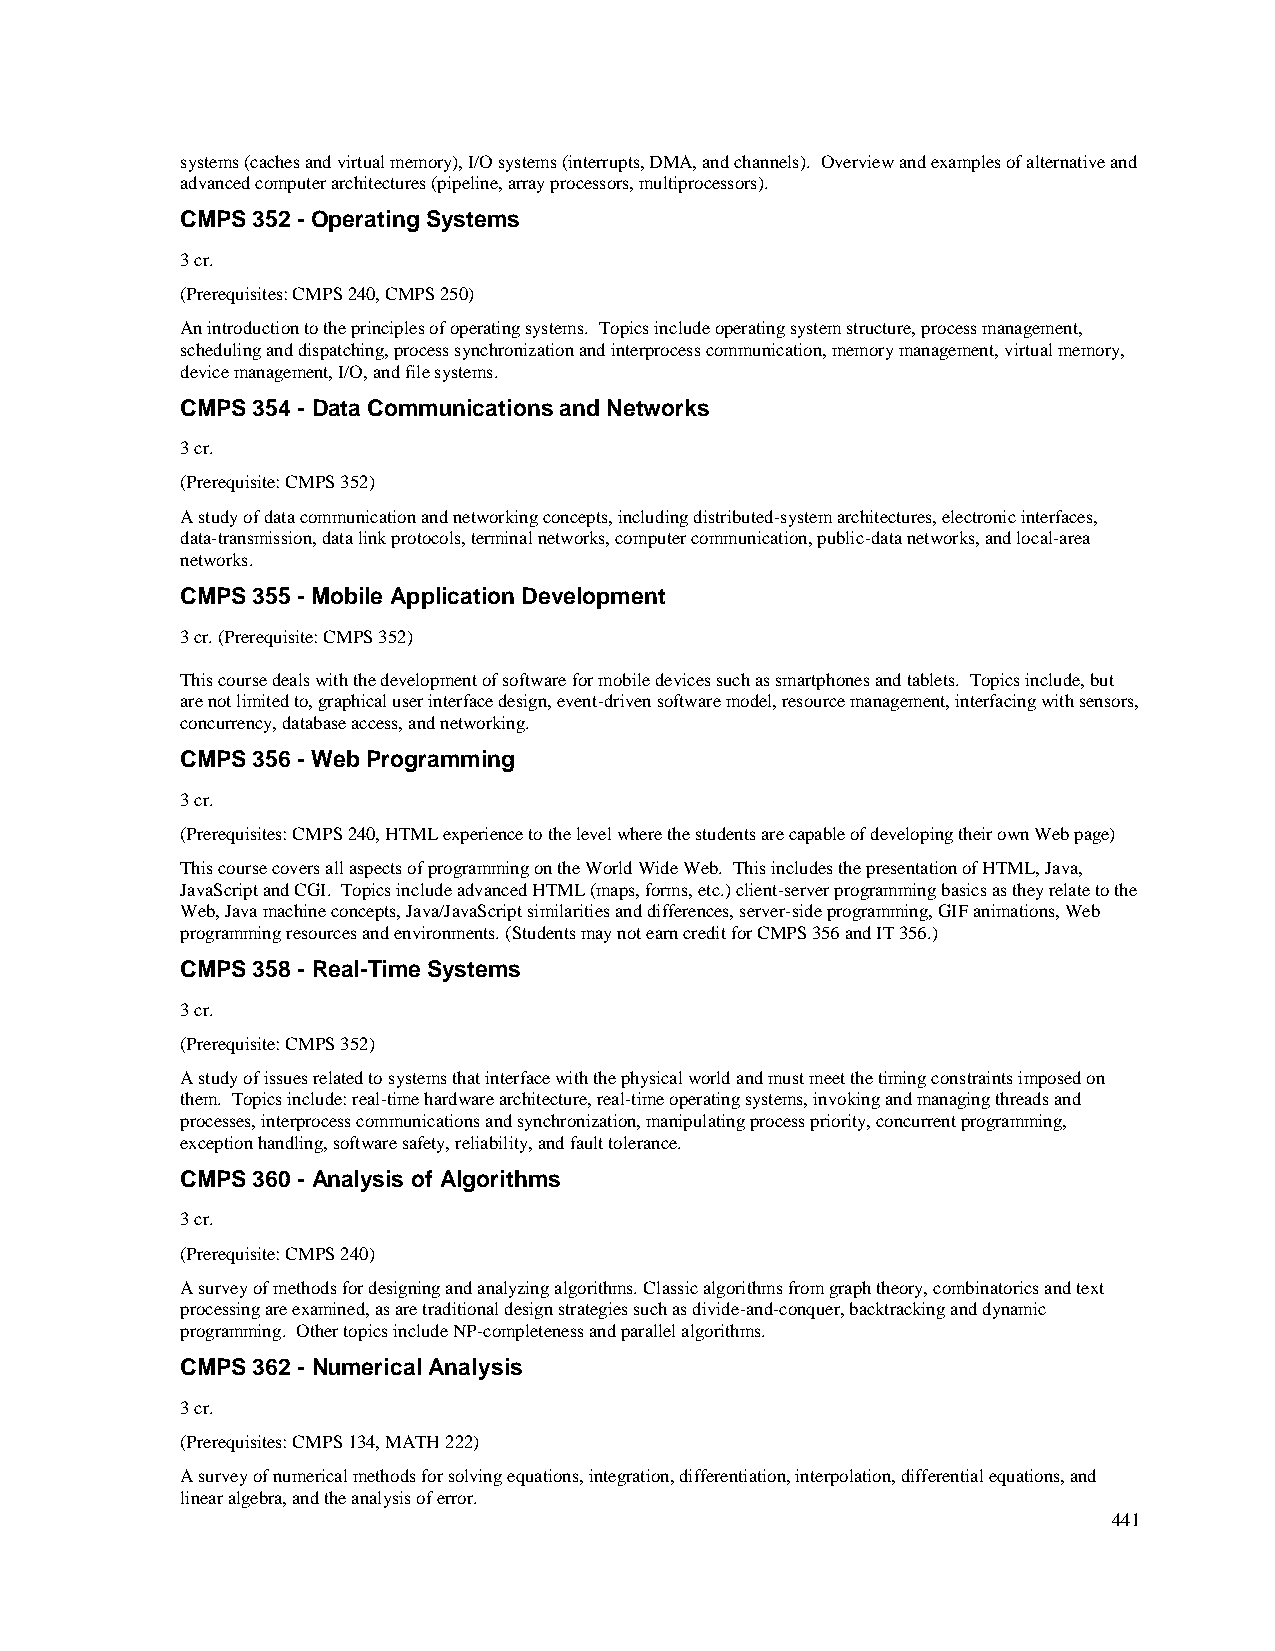
systems (caches and virtual memory), I/O systems (interrupts, DMA, and channels). Overview and examples of alternative and
 advanced computer architectures (pipeline, array processors, multiprocessors).
 CMPS 352 - Operating Systems
 3 cr.
 (Prerequisites: CMPS 240, CMPS 250)
 An introduction to the principles of operating systems. Topics include operating system structure, process management,
 scheduling and dispatching, process synchronization and interprocess communication, memory management, virtual memory,
 device management, I/O, and file systems.
 CMPS 354 - Data Communications and Networks
 3 cr.
 (Prerequisite: CMPS 352)
 A study of data communication and networking concepts, including distributed-system architectures, electronic interfaces,
 data-transmission, data link protocols, terminal networks, computer communication, public-data networks, and local-area
 networks.
 CMPS 355 - Mobile Application Development
 3 cr. (Prerequisite: CMPS 352)
 This course deals with the development of software for mobile devices such as smartphones and tablets. Topics include, but
 are not limited to, graphical user interface design, event-driven software model, resource management, interfacing with sensors,
 concurrency, database access, and networking.
 CMPS 356 - Web Programming
 3 cr.
 (Prerequisites: CMPS 240, HTML experience to the level where the students are capable of developing their own Web page)
 This course covers all aspects of programming on the World Wide Web. This includes the presentation of HTML, Java,
 JavaScript and CGI. Topics include advanced HTML (maps, forms, etc.) client-server programming basics as they relate to the
 Web, Java machine concepts, Java/JavaScript similarities and differences, server-side programming, GIF animations, Web
 programming resources and environments. (Students may not earn credit for CMPS 356 and IT 356.)
 CMPS 358 - Real-Time Systems
 3 cr.
 (Prerequisite: CMPS 352)
 A study of issues related to systems that interface with the physical world and must meet the timing constraints imposed on
 them. Topics include: real-time hardware architecture, real-time operating systems, invoking and managing threads and
 processes, interprocess communications and synchronization, manipulating process priority, concurrent programming,
 exception handling, software safety, reliability, and fault tolerance.
 CMPS 360 - Analysis of Algorithms
 3 cr.
 (Prerequisite: CMPS 240)
 A survey of methods for designing and analyzing algorithms. Classic algorithms from graph theory, combinatorics and text
 processing are examined, as are traditional design strategies such as divide-and-conquer, backtracking and dynamic
 programming. Other topics include NP-completeness and parallel algorithms.
 CMPS 362 - Numerical Analysis
 3 cr.
 (Prerequisites: CMPS 134, MATH 222)
 A survey of numerical methods for solving equations, integration, differentiation, interpolation, differential equations, and
 linear algebra, and the analysis of error.
 441